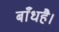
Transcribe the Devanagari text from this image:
बाँधहै।